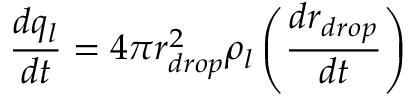
\frac { d q _ { l } } { d t } = 4 \pi r _ { d r o p } ^ { 2 } \rho _ { l } \left( \frac { d r _ { d r o p } } { d t } \right)